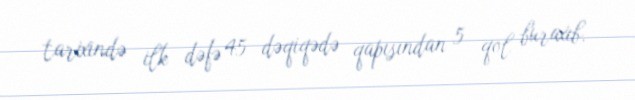
tarixində ilk dəfə 45 dəqiqədə qapısından 5 qol buraxıb.